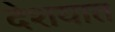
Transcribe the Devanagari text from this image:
देशयात